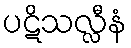
ပဋိသလ္လီနံ